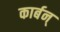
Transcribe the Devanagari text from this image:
कार्बन्